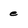
Character: e